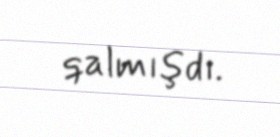
qalmışdı.